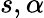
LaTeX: s,\alpha